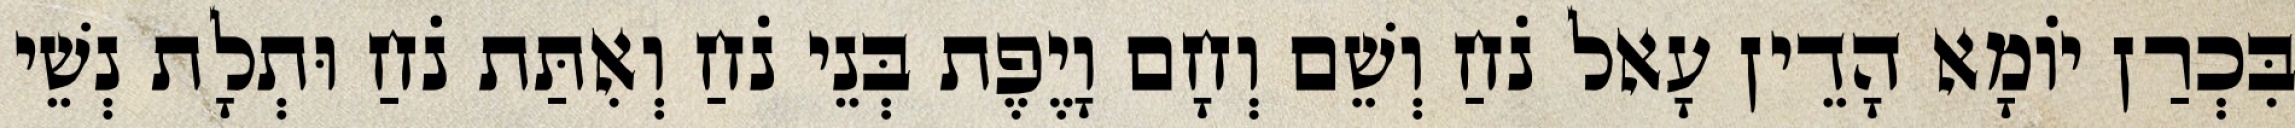
בִּכְרַן יוֹמָא הָדֵין עָאל נֹחַ וְשֵׁם וְחָם וָיֶפֶת בְּנֵי נֹחַ וְאִתַּת נֹחַ וּתְלָת נְשֵׁי